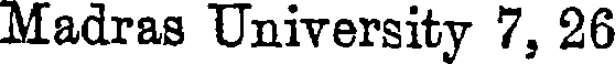
Madras University 7, 26